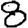
Digit: 8